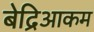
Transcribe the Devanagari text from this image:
बेद्रिआकम